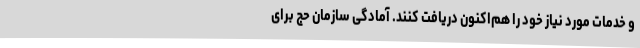
و خدمات مورد نیاز خود را هم‌اکنون دریافت کنند. آمادگی سازمان حج برای